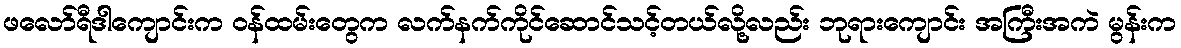
ဖလော်ရီဒါကျောင်းက ဝန်ထမ်းတွေက လက်နက်ကိုင်ဆောင်သင့်တယ်လို့လည်း ဘုရားကျောင်း အကြီးအကဲ မွန်းက